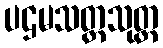
ပဌမသတ္တသုတ္တ